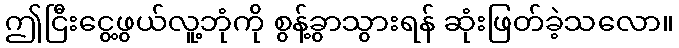
ဤငြီးငွေ့ဖွယ်လူ့ဘုံကို စွန့်ခွာသွားရန် ဆုံးဖြတ်ခဲ့သလော။